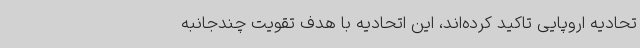
تحادیه اروپایی تاکید کرده‌اند، این اتحادیه با هدف تقویت چندجانبه